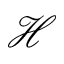
\mathcal { H }